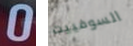
0 السوفييت